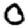
Digit: 0